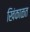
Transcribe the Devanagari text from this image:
खिंकाळत